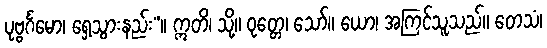
ပုဗ္ဗင်္ဂမော၊ ရှေ့သွားနည်း”။ ဣတိ၊ သို့။ ဝုတ္တေ၊ သော်။ ယော၊ အကြင်သူသည်။ တေသံ၊